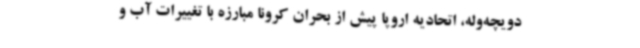
دویچه‌وله، اتحادیه اروپا پیش از بحران کرونا مبارزه با تغییرات آب و